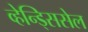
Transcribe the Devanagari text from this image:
व्हेन्ड्सिसेल